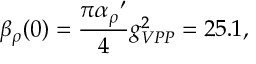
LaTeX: { \beta } _ { \rho } ( 0 ) = { \frac { \pi { { \alpha } _ { \rho } } ^ { \prime } } { 4 } } { g } _ { V P P } ^ { 2 } = 2 5 . 1 ,